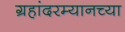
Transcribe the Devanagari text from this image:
ग्रहांदरम्यानच्या